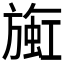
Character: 𬀒